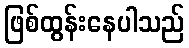
ဖြစ်ထွန်းနေပါသည်